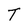
Character: T